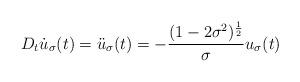
LaTeX: \begin{align*}D_t\dot{u}_\sigma(t)=\ddot{u}_\sigma(t)=-\frac{(1-2\sigma^2)^\frac{1}{2}}{\sigma}u_\sigma(t)\end{align*}